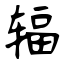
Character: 辐